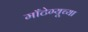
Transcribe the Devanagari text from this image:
माँटेग्यूच्या